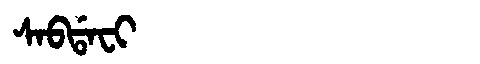
Manchu: ᠰᠠᠪᡩᠠᠸᡳ
Romanization: SABDAFI